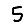
Digit: 5